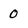
Character: 0